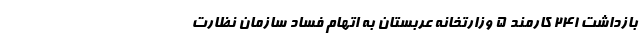
بازداشت ۲۴۱ کارمند ۵ وزارتخانه عربستان به اتهام فساد سازمان نظارت